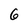
Character: 6